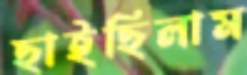
ছাইছিলাম